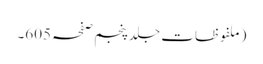
(ملفوظات جلد پنجم صفحہ 605۔